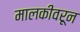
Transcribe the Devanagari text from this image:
मालकीवरून